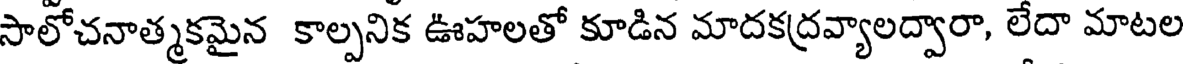
సాలోచనాత్మకమైన కాల్పనిక ఊహలతో కూడిన మాదకద్రవ్యాలద్వారా, లేదా మాటల